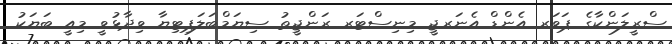
ސްރީލަންކާގެ ޕަވަރ އެންޑް އެނަރޖީ މިނިސްޓަރ ރަންޖީތު ސިޔަމްބަލަޕިޓިޔާ ވިދާޅުވީ މިއީ ބަޔަކު